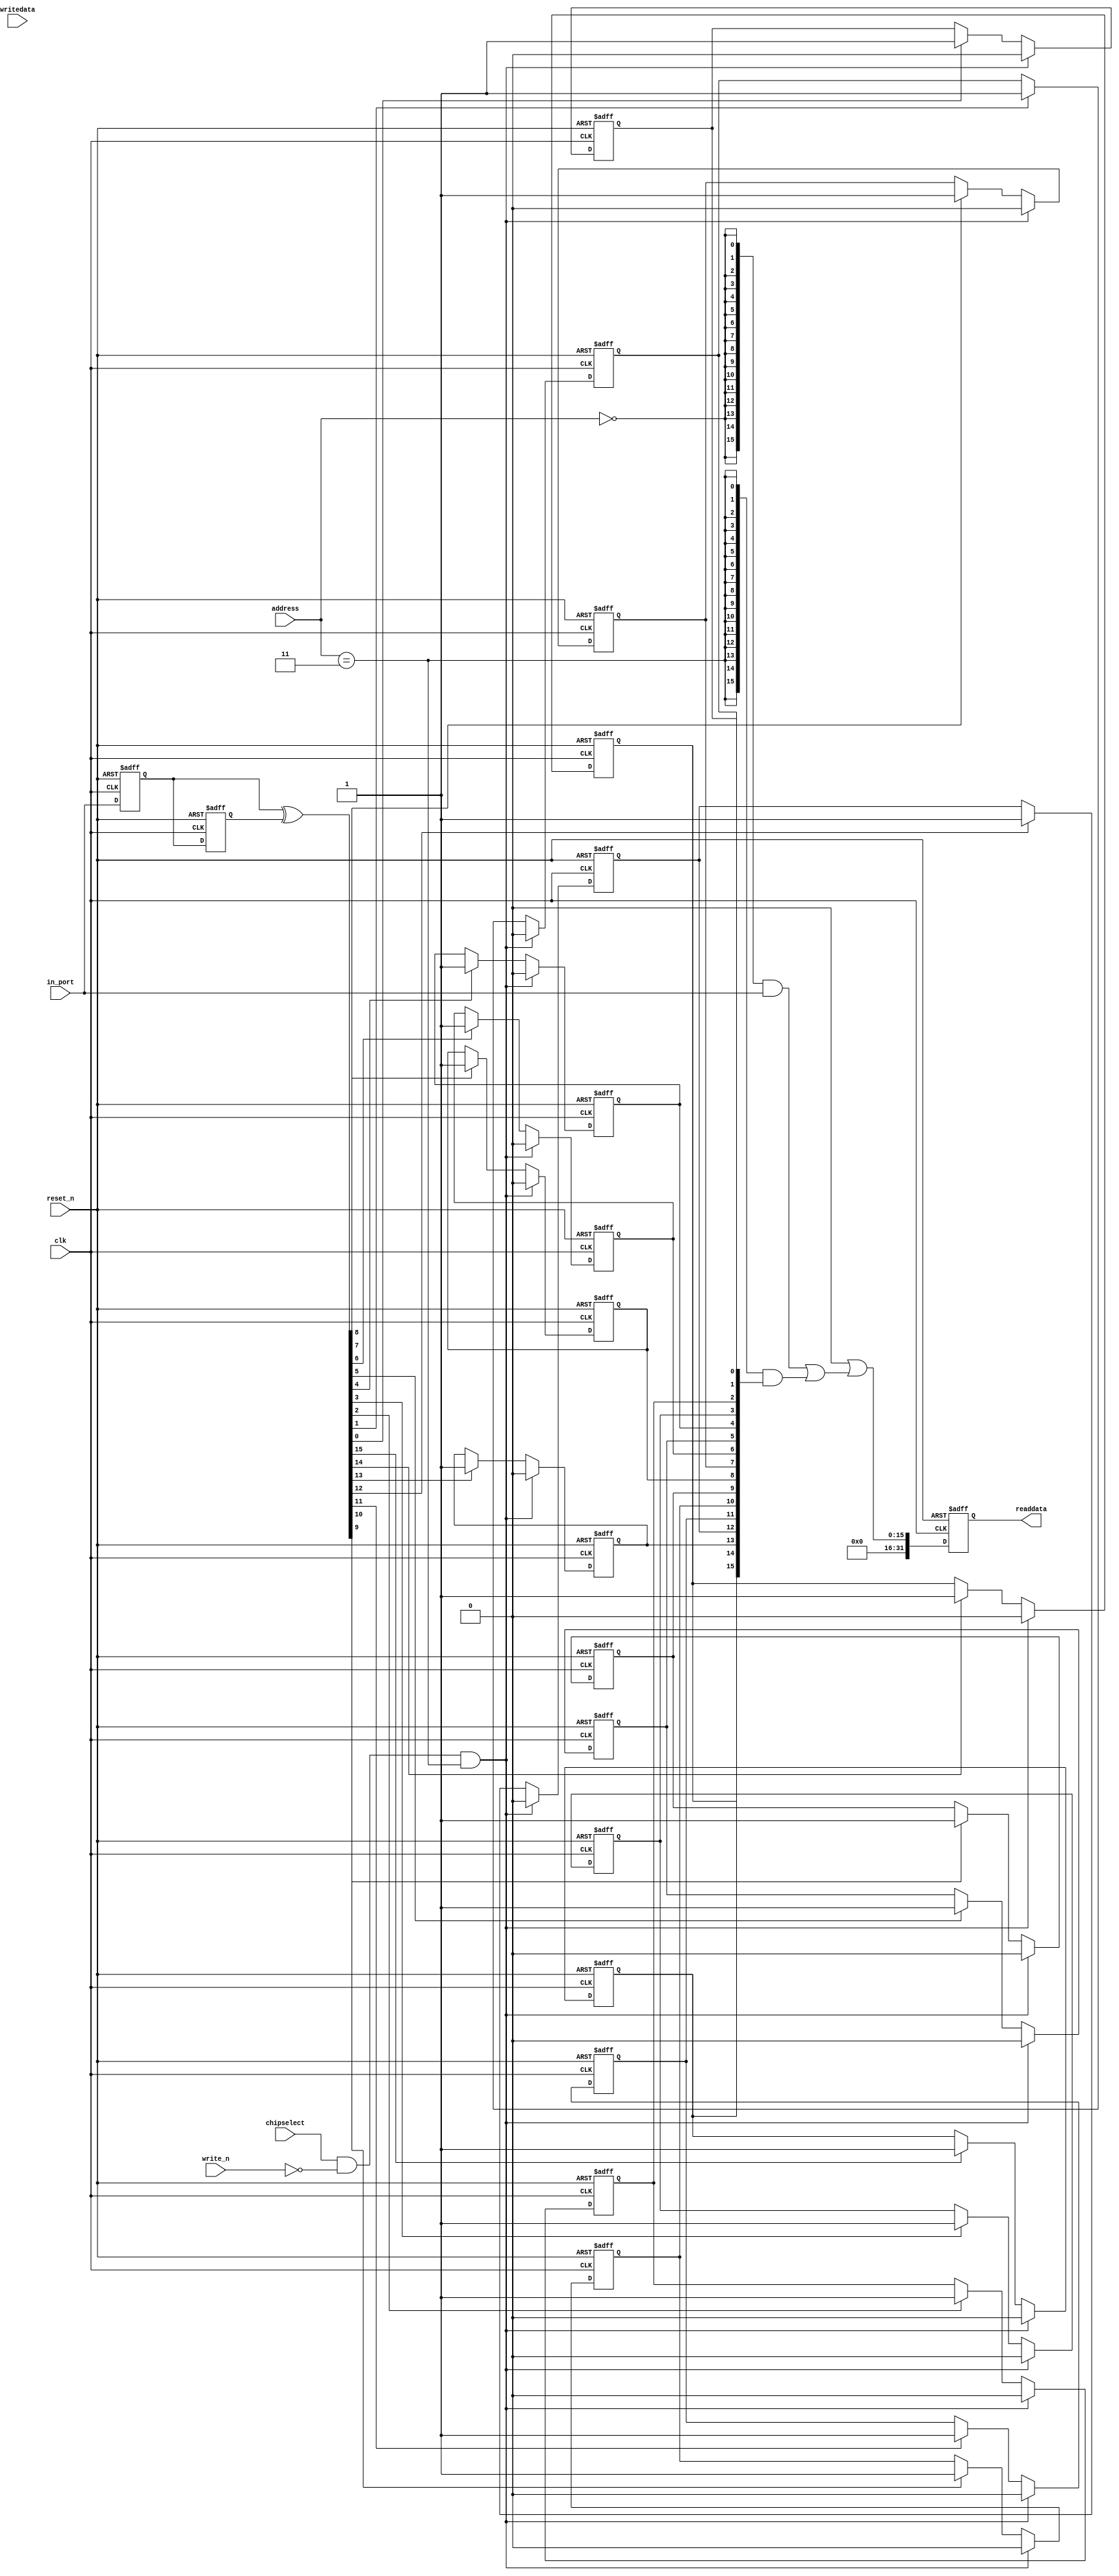
//Legal Notice: (C)2015 Altera Corporation. All rights reserved.  Your
//use of Altera Corporation's design tools, logic functions and other
//software and tools, and its AMPP partner logic functions, and any
//output files any of the foregoing (including device programming or
//simulation files), and any associated documentation or information are
//expressly subject to the terms and conditions of the Altera Program
//License Subscription Agreement or other applicable license agreement,
//including, without limitation, that your use is for the sole purpose
//of programming logic devices manufactured by Altera and sold by Altera
//or its authorized distributors.  Please refer to the applicable
//agreement for further details.

// synthesis translate_off
`timescale 1ns / 1ps
// synthesis translate_on

// turn off superfluous verilog processor warnings 
// altera message_level Level1 
// altera message_off 10034 10035 10036 10037 10230 10240 10030 

module soc_system_box_xn (
                           // inputs:
                            address,
                            chipselect,
                            clk,
                            in_port,
                            reset_n,
                            write_n,
                            writedata,

                           // outputs:
                            readdata
                         )
;

  output  [ 31: 0] readdata;
  input   [  1: 0] address;
  input            chipselect;
  input            clk;
  input   [ 15: 0] in_port;
  input            reset_n;
  input            write_n;
  input   [ 31: 0] writedata;

  wire             clk_en;
  reg     [ 15: 0] d1_data_in;
  reg     [ 15: 0] d2_data_in;
  wire    [ 15: 0] data_in;
  reg     [ 15: 0] edge_capture;
  wire             edge_capture_wr_strobe;
  wire    [ 15: 0] edge_detect;
  wire    [ 15: 0] read_mux_out;
  reg     [ 31: 0] readdata;
  assign clk_en = 1;
  //s1, which is an e_avalon_slave
  assign read_mux_out = ({16 {(address == 0)}} & data_in) |
    ({16 {(address == 3)}} & edge_capture);

  always @(posedge clk or negedge reset_n)
    begin
      if (reset_n == 0)
          readdata <= 0;
      else if (clk_en)
          readdata <= {32'b0 | read_mux_out};
    end


  assign data_in = in_port;
  assign edge_capture_wr_strobe = chipselect && ~write_n && (address == 3);
  always @(posedge clk or negedge reset_n)
    begin
      if (reset_n == 0)
          edge_capture[0] <= 0;
      else if (clk_en)
          if (edge_capture_wr_strobe)
              edge_capture[0] <= 0;
          else if (edge_detect[0])
              edge_capture[0] <= -1;
    end


  always @(posedge clk or negedge reset_n)
    begin
      if (reset_n == 0)
          edge_capture[1] <= 0;
      else if (clk_en)
          if (edge_capture_wr_strobe)
              edge_capture[1] <= 0;
          else if (edge_detect[1])
              edge_capture[1] <= -1;
    end


  always @(posedge clk or negedge reset_n)
    begin
      if (reset_n == 0)
          edge_capture[2] <= 0;
      else if (clk_en)
          if (edge_capture_wr_strobe)
              edge_capture[2] <= 0;
          else if (edge_detect[2])
              edge_capture[2] <= -1;
    end


  always @(posedge clk or negedge reset_n)
    begin
      if (reset_n == 0)
          edge_capture[3] <= 0;
      else if (clk_en)
          if (edge_capture_wr_strobe)
              edge_capture[3] <= 0;
          else if (edge_detect[3])
              edge_capture[3] <= -1;
    end


  always @(posedge clk or negedge reset_n)
    begin
      if (reset_n == 0)
          edge_capture[4] <= 0;
      else if (clk_en)
          if (edge_capture_wr_strobe)
              edge_capture[4] <= 0;
          else if (edge_detect[4])
              edge_capture[4] <= -1;
    end


  always @(posedge clk or negedge reset_n)
    begin
      if (reset_n == 0)
          edge_capture[5] <= 0;
      else if (clk_en)
          if (edge_capture_wr_strobe)
              edge_capture[5] <= 0;
          else if (edge_detect[5])
              edge_capture[5] <= -1;
    end


  always @(posedge clk or negedge reset_n)
    begin
      if (reset_n == 0)
          edge_capture[6] <= 0;
      else if (clk_en)
          if (edge_capture_wr_strobe)
              edge_capture[6] <= 0;
          else if (edge_detect[6])
              edge_capture[6] <= -1;
    end


  always @(posedge clk or negedge reset_n)
    begin
      if (reset_n == 0)
          edge_capture[7] <= 0;
      else if (clk_en)
          if (edge_capture_wr_strobe)
              edge_capture[7] <= 0;
          else if (edge_detect[7])
              edge_capture[7] <= -1;
    end


  always @(posedge clk or negedge reset_n)
    begin
      if (reset_n == 0)
          edge_capture[8] <= 0;
      else if (clk_en)
          if (edge_capture_wr_strobe)
              edge_capture[8] <= 0;
          else if (edge_detect[8])
              edge_capture[8] <= -1;
    end


  always @(posedge clk or negedge reset_n)
    begin
      if (reset_n == 0)
          edge_capture[9] <= 0;
      else if (clk_en)
          if (edge_capture_wr_strobe)
              edge_capture[9] <= 0;
          else if (edge_detect[9])
              edge_capture[9] <= -1;
    end


  always @(posedge clk or negedge reset_n)
    begin
      if (reset_n == 0)
          edge_capture[10] <= 0;
      else if (clk_en)
          if (edge_capture_wr_strobe)
              edge_capture[10] <= 0;
          else if (edge_detect[10])
              edge_capture[10] <= -1;
    end


  always @(posedge clk or negedge reset_n)
    begin
      if (reset_n == 0)
          edge_capture[11] <= 0;
      else if (clk_en)
          if (edge_capture_wr_strobe)
              edge_capture[11] <= 0;
          else if (edge_detect[11])
              edge_capture[11] <= -1;
    end


  always @(posedge clk or negedge reset_n)
    begin
      if (reset_n == 0)
          edge_capture[12] <= 0;
      else if (clk_en)
          if (edge_capture_wr_strobe)
              edge_capture[12] <= 0;
          else if (edge_detect[12])
              edge_capture[12] <= -1;
    end


  always @(posedge clk or negedge reset_n)
    begin
      if (reset_n == 0)
          edge_capture[13] <= 0;
      else if (clk_en)
          if (edge_capture_wr_strobe)
              edge_capture[13] <= 0;
          else if (edge_detect[13])
              edge_capture[13] <= -1;
    end


  always @(posedge clk or negedge reset_n)
    begin
      if (reset_n == 0)
          edge_capture[14] <= 0;
      else if (clk_en)
          if (edge_capture_wr_strobe)
              edge_capture[14] <= 0;
          else if (edge_detect[14])
              edge_capture[14] <= -1;
    end


  always @(posedge clk or negedge reset_n)
    begin
      if (reset_n == 0)
          edge_capture[15] <= 0;
      else if (clk_en)
          if (edge_capture_wr_strobe)
              edge_capture[15] <= 0;
          else if (edge_detect[15])
              edge_capture[15] <= -1;
    end


  always @(posedge clk or negedge reset_n)
    begin
      if (reset_n == 0)
        begin
          d1_data_in <= 0;
          d2_data_in <= 0;
        end
      else if (clk_en)
        begin
          d1_data_in <= data_in;
          d2_data_in <= d1_data_in;
        end
    end


  assign edge_detect = d1_data_in ^  d2_data_in;

endmodule